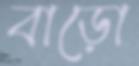
বাড়ো